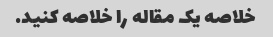
خلاصه یک مقاله را خلاصه کنید.